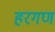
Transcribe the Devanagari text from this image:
हरगण